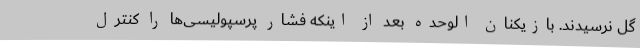
گل نرسیدند. بازیکنان الوحده بعد از اینکه فشار پرسپولیسی‌ها را کنترل